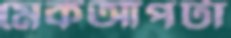
মেকআপটা